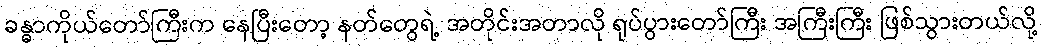
ခန္ဓာကိုယ်တော်ကြီးက နေပြီးတော့ နတ်တွေရဲ့ အတိုင်းအတာလို ရုပ်ပွားတော်ကြီး အကြီးကြီး ဖြစ်သွားတယ်လို့